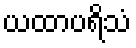
ယထာပရိသံ